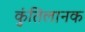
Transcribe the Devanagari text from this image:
कुंतिलानक